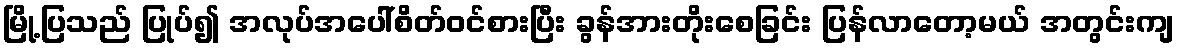
မြို့ပြသည် ပြုပ်၍ အလုပ်အပေါ်စိတ်ဝင်စားပြီး ခွန်အားတိုးစေခြင်း ပြန်လာတော့မယ် အတွင်းကျ